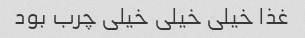
غذا خیلی خیلی خیلی چرب بود